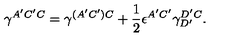
\gamma ^ { A ^ { \prime } C ^ { \prime } C } = \gamma ^ { ( A ^ { \prime } C ^ { \prime } ) C } + { \frac { 1 } { 2 } } \epsilon ^ { A ^ { \prime } C ^ { \prime } } \gamma _ { D ^ { \prime } } ^ { D ^ { \prime } C } .